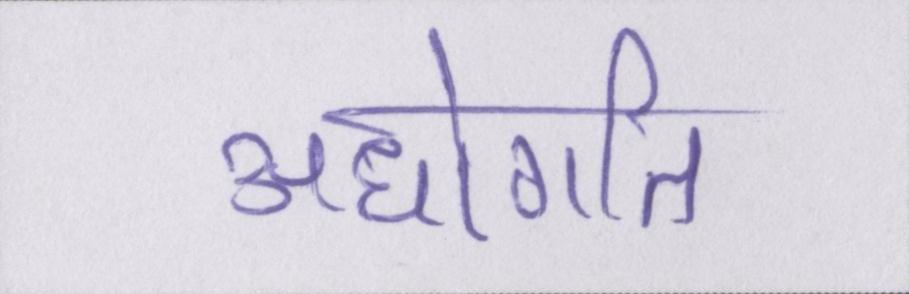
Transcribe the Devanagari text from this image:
अधोगति